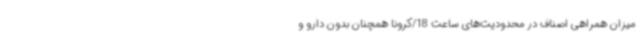
میزان همراهی اصناف در محدودیت‌های ساعت 18/کرونا همچنان بدون دارو و